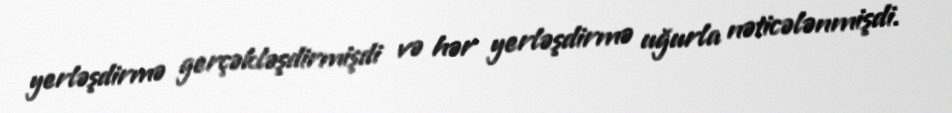
yerləşdirmə gerçəkləşdirmişdi və hər yerləşdirmə uğurla nəticələnmişdi.